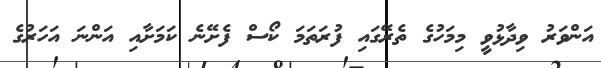
އަންވަރު ވިދާޅުވީ މިމަހުގެ ތެރޭގައި ފުރަތަމަ ކޯސް ފެށޭނެ ކަމަށާއި އަންނަ އަަހަރުގެ